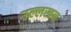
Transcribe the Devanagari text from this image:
उल्लखन